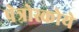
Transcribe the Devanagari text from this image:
पेत्रोस्कोये